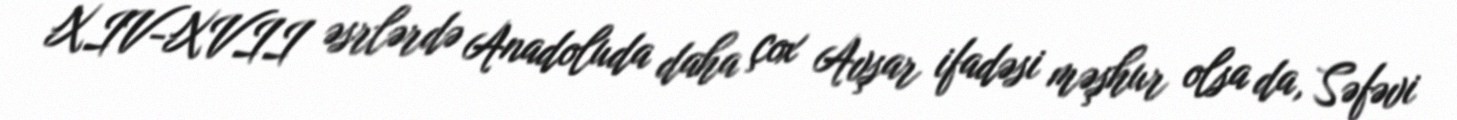
XIV-XVII əsrlərdə Anadoluda daha çox Avşar ifadəsi məşhur olsa da, Səfəvi